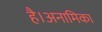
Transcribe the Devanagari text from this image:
है।अनामिका